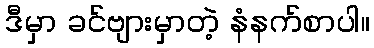
ဒီမှာ ခင်ဗျားမှာတဲ့ နံနက်စာပါ။